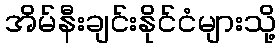
အိမ်နီးချင်းနိုင်ငံများသို့